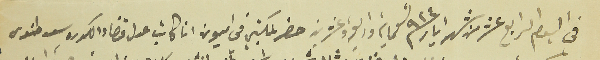
في اليوم الرابع عشر من شهر ايار سنة ٩٢٤ تسعامية واربعة وعشرين حضر لمكتبي في اميون انا كاتب عدل قضاء الكوره سعد طنوس